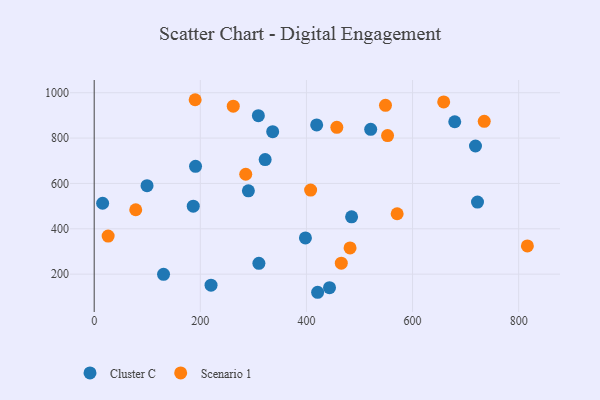
{"axis": {"x": "Investment", "y": "Profit"}, "legend": ["Cluster C", "Scenario 1"], "data": [{"x": "722.4", "y": 517.8, "type": "Cluster C"}, {"x": "220.2", "y": 151.5, "type": "Cluster C"}, {"x": "419.3", "y": 858.0, "type": "Cluster C"}, {"x": "443.5", "y": 140.6, "type": "Cluster C"}, {"x": "191.0", "y": 675.5, "type": "Cluster C"}, {"x": "130.7", "y": 199.5, "type": "Cluster C"}, {"x": "485.1", "y": 452.9, "type": "Cluster C"}, {"x": "309.4", "y": 898.7, "type": "Cluster C"}, {"x": "336.4", "y": 828.2, "type": "Cluster C"}, {"x": "679.5", "y": 872.1, "type": "Cluster C"}, {"x": "15.9", "y": 512.6, "type": "Cluster C"}, {"x": "322.2", "y": 705.2, "type": "Cluster C"}, {"x": "310.4", "y": 247.8, "type": "Cluster C"}, {"x": "521.1", "y": 838.8, "type": "Cluster C"}, {"x": "718.6", "y": 765.0, "type": "Cluster C"}, {"x": "99.6", "y": 590.2, "type": "Cluster C"}, {"x": "186.7", "y": 499.9, "type": "Cluster C"}, {"x": "398.1", "y": 359.9, "type": "Cluster C"}, {"x": "290.6", "y": 567.4, "type": "Cluster C"}, {"x": "421.1", "y": 120.2, "type": "Cluster C"}, {"x": "552.9", "y": 810.9, "type": "Scenario 1"}, {"x": "571.0", "y": 466.5, "type": "Scenario 1"}, {"x": "549.0", "y": 944.5, "type": "Scenario 1"}, {"x": "26.3", "y": 368.1, "type": "Scenario 1"}, {"x": "78.3", "y": 484.1, "type": "Scenario 1"}, {"x": "735.1", "y": 873.9, "type": "Scenario 1"}, {"x": "658.7", "y": 959.2, "type": "Scenario 1"}, {"x": "482.2", "y": 315.9, "type": "Scenario 1"}, {"x": "190.3", "y": 969.1, "type": "Scenario 1"}, {"x": "262.1", "y": 940.8, "type": "Scenario 1"}, {"x": "465.7", "y": 248.3, "type": "Scenario 1"}, {"x": "457.3", "y": 847.6, "type": "Scenario 1"}, {"x": "816.4", "y": 324.7, "type": "Scenario 1"}, {"x": "285.6", "y": 640.6, "type": "Scenario 1"}, {"x": "407.9", "y": 570.7, "type": "Scenario 1"}]}